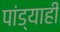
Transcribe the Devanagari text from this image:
पांड्याही